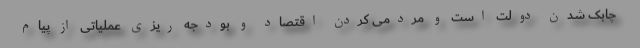
چابک شدن دولت است و مردمی کردن اقتصاد و بودجه ریزی عملیاتی از پیام